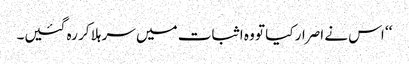
‘‘ اس نے اصرار کیا تو وہ اثبات میں سر ہلا کر رہ گئیں۔